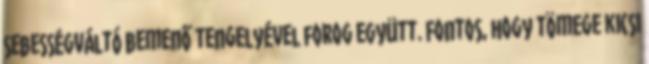
sebességváltó bemenő tengelyével forog együtt. Fontos, hogy tömege kicsi